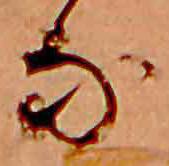
な